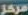
مركز